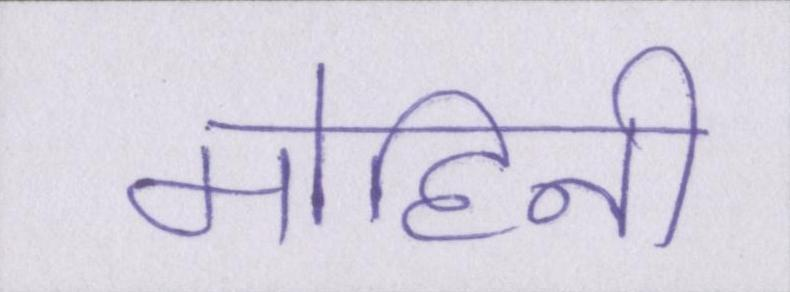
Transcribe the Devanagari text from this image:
मोहिनी